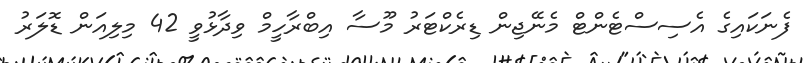
ފެނަކައިގެ އެސިސްޓެންޓް މެނޭޖިން ޑިރެކްޓަރު މޫސާ އިބްރާހީމް ވިދާޅުވީ 42 މިލިއަން ޑޮލަރު